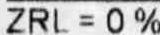
ZRL = 0%